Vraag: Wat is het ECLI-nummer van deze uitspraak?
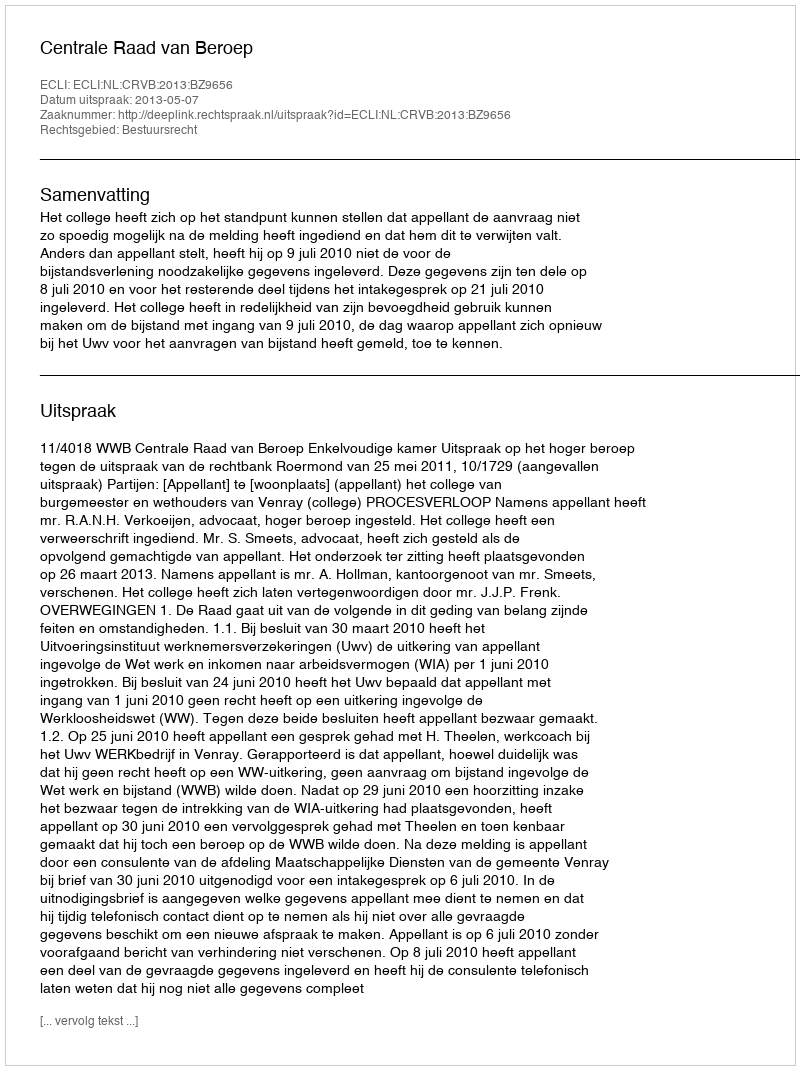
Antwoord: ECLI:NL:CRVB:2013:BZ9656